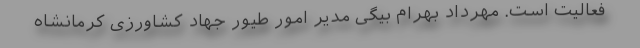
فعالیت است. مهرداد بهرام بیگی مدیر امور طیور جهاد کشاورزی کرمانشاه